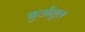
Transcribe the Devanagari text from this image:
कुर्अतुल